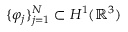
\{ \varphi _ { j } \} _ { j = 1 } ^ { N } \subset H ^ { 1 } ( \mathbb { R } ^ { 3 } )